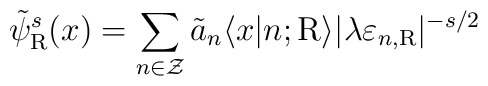
\tilde{\psi}_{\rm R}^{s}(x) = \sum_{n \in \cal Z} \tilde{a}_n\langle x|n;{\rm R} \rangle |\lambda \varepsilon_{n,\rm R}|^{-s/2}